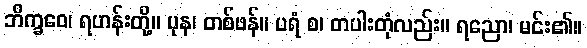
ဘိက္ခဝေ၊ ရဟန်းတို့။ ပုန၊ တစ်ဖန်။ ပရံ စ၊ တပါးတုံလည်း။ ရညော၊ မင်း၏။